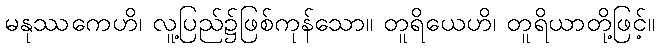
မနုဿကေဟိ၊ လူ့ပြည်၌ဖြစ်ကုန်သော။ တူရိယေဟိ၊ တူရိယာတို့ဖြင့်။